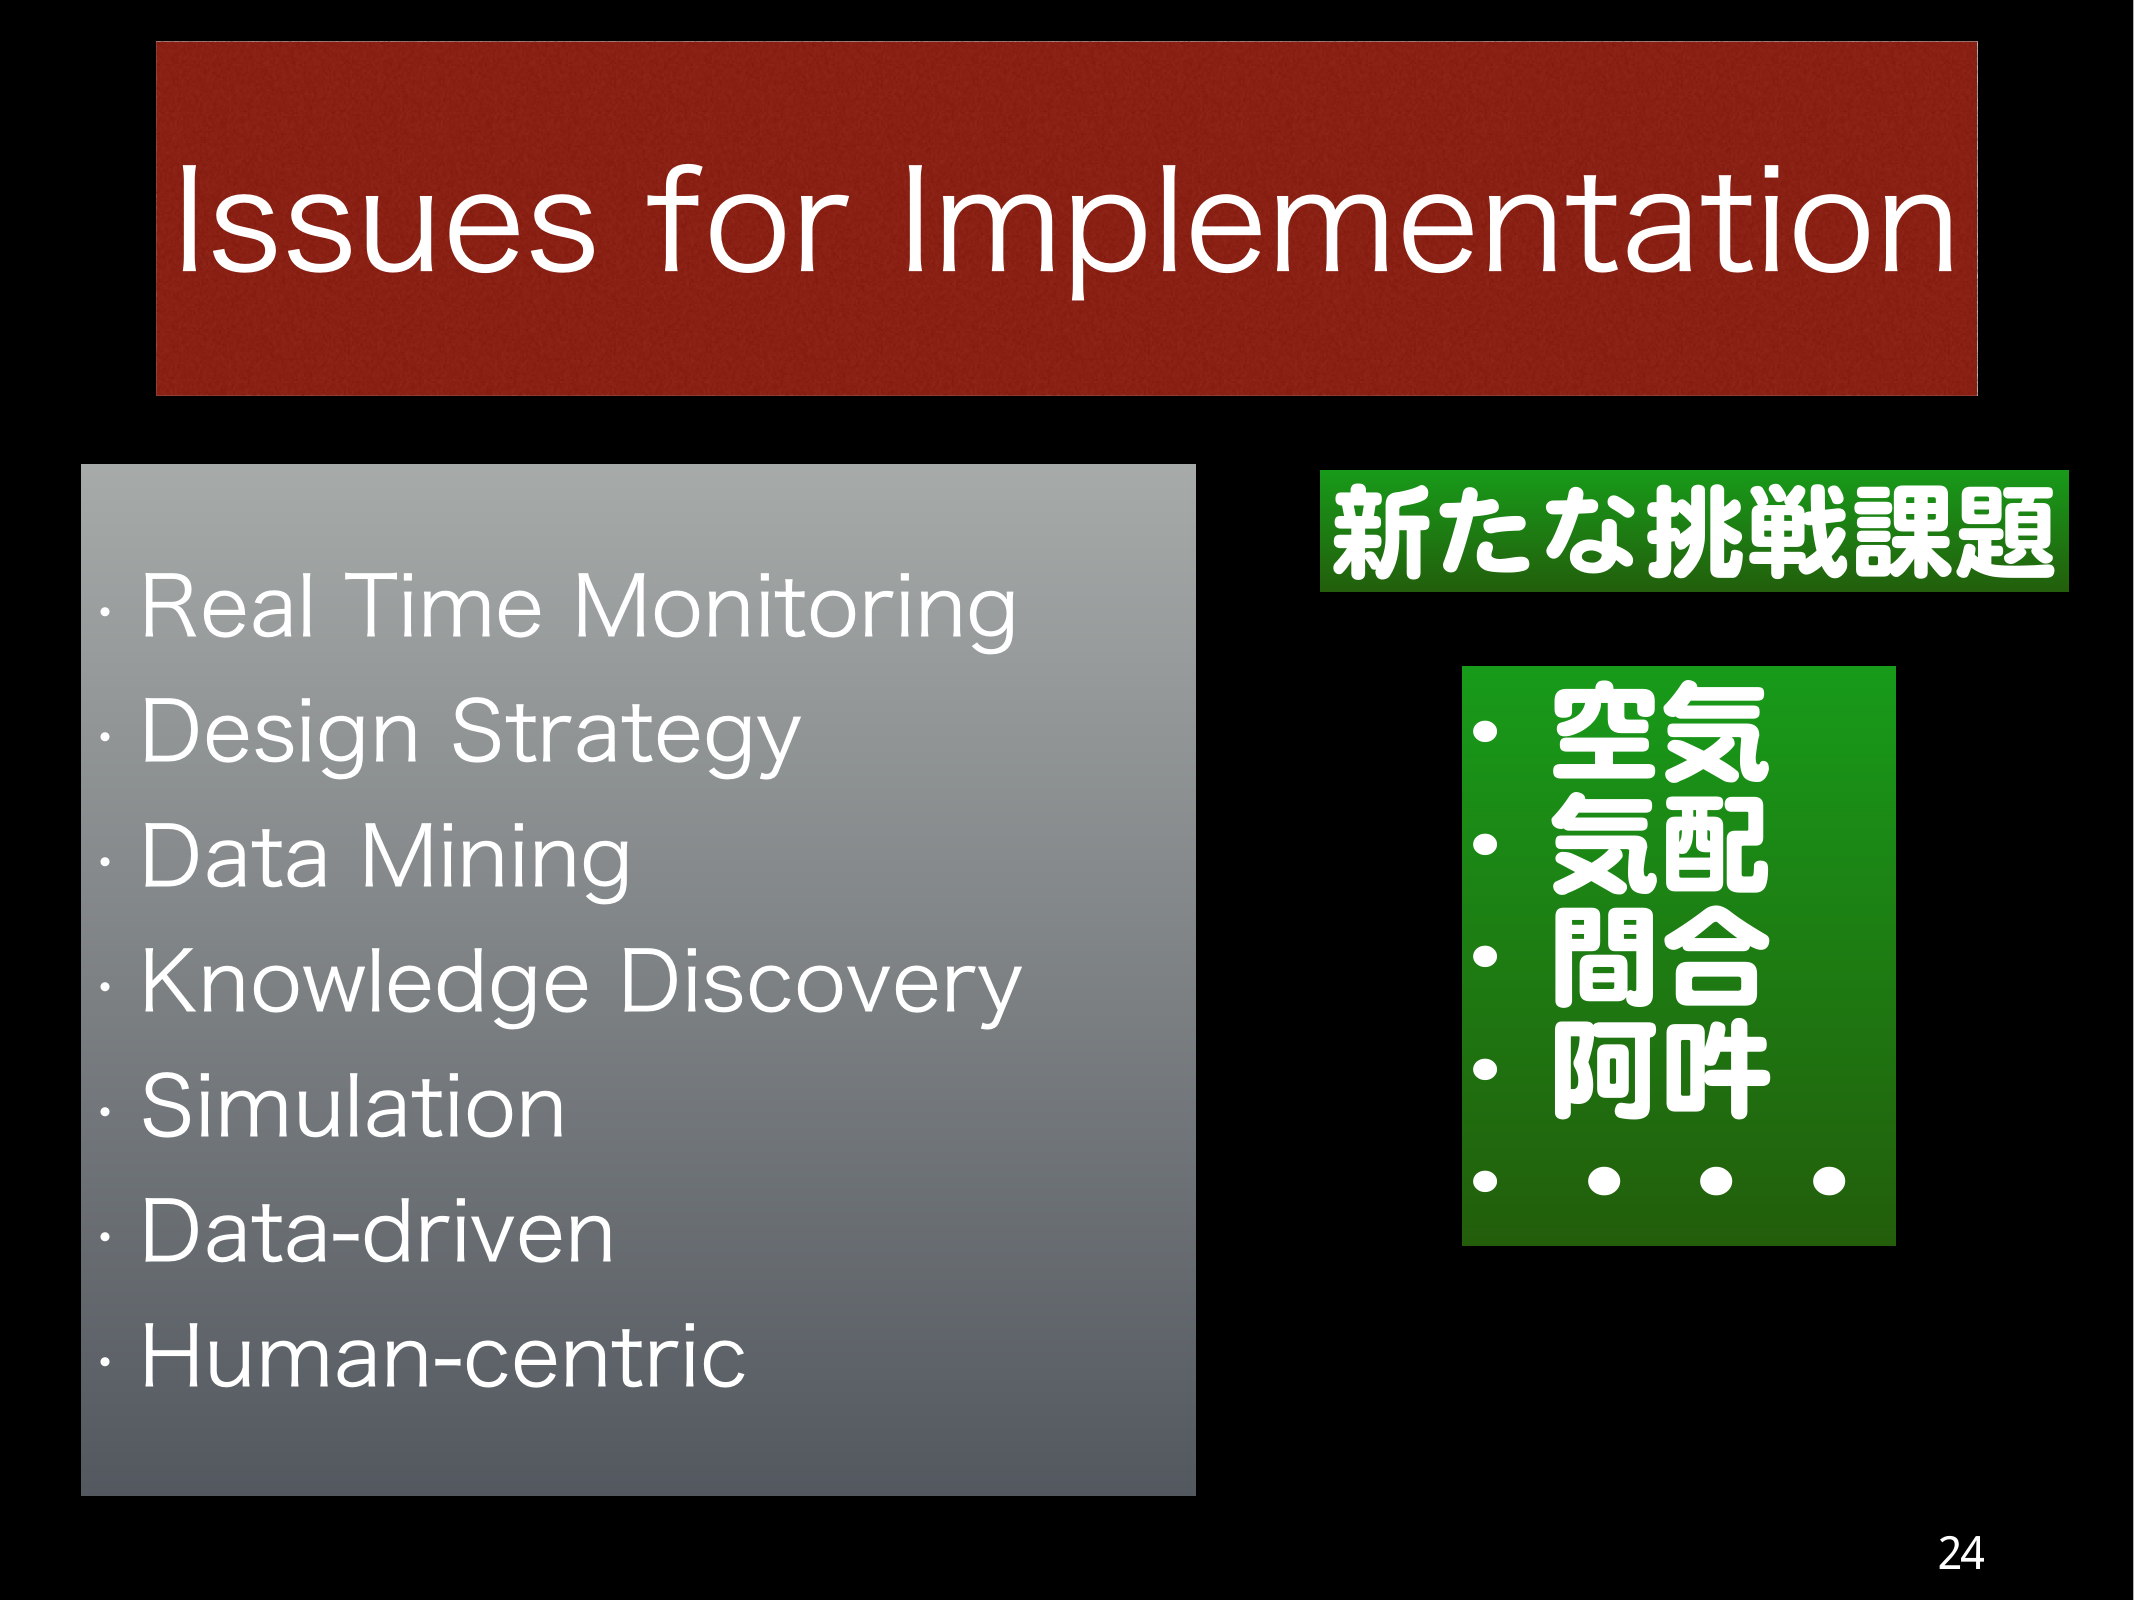
Issues for Implementation

・Real Time Monitoring
・Design Strategy
・Data Mining
・Knowledge Discovery
・Simulation
・Data-driven
・Human-centric

新たな挑戦課題

・空気
・気配
・間合
・阿吽
・・・・

24